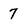
Character: 7